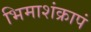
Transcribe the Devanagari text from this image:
भिमाशंक्रापं